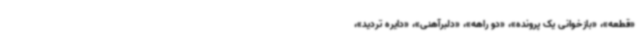
«قطعه»، «بازخوانی یک پرونده»، «دو راهه»، «دلبرآهنی»، «دایره تردید»،